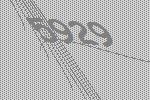
5929